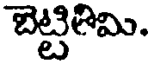
బెట్టిగిమి.